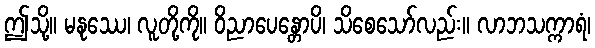
ဤသို့။ မနုဿေ၊ လူတို့ကို။ ဝိညာပေန္တောပိ၊ သိစေသော်လည်း။ လာဘသက္ကာရံ၊